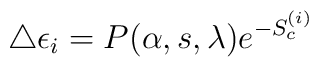
\triangle\epsilon_i = P(\alpha, s, \lambda) e^{-S^{(i)}_c}